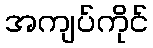
အကျပ်ကိုင်